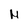
Character: M